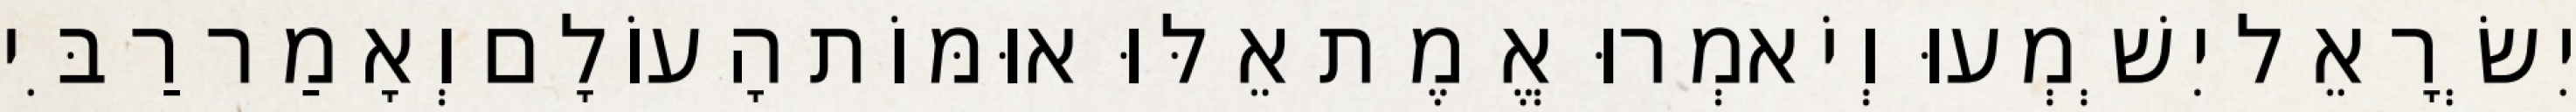
יִשְׂרָאֵל יִשְׁמְעוּ וְיֹאמְרוּ אֱמֶת אֵלּוּ אוּמּוֹת הָעוֹלָם וְאָמַר רַבִּי